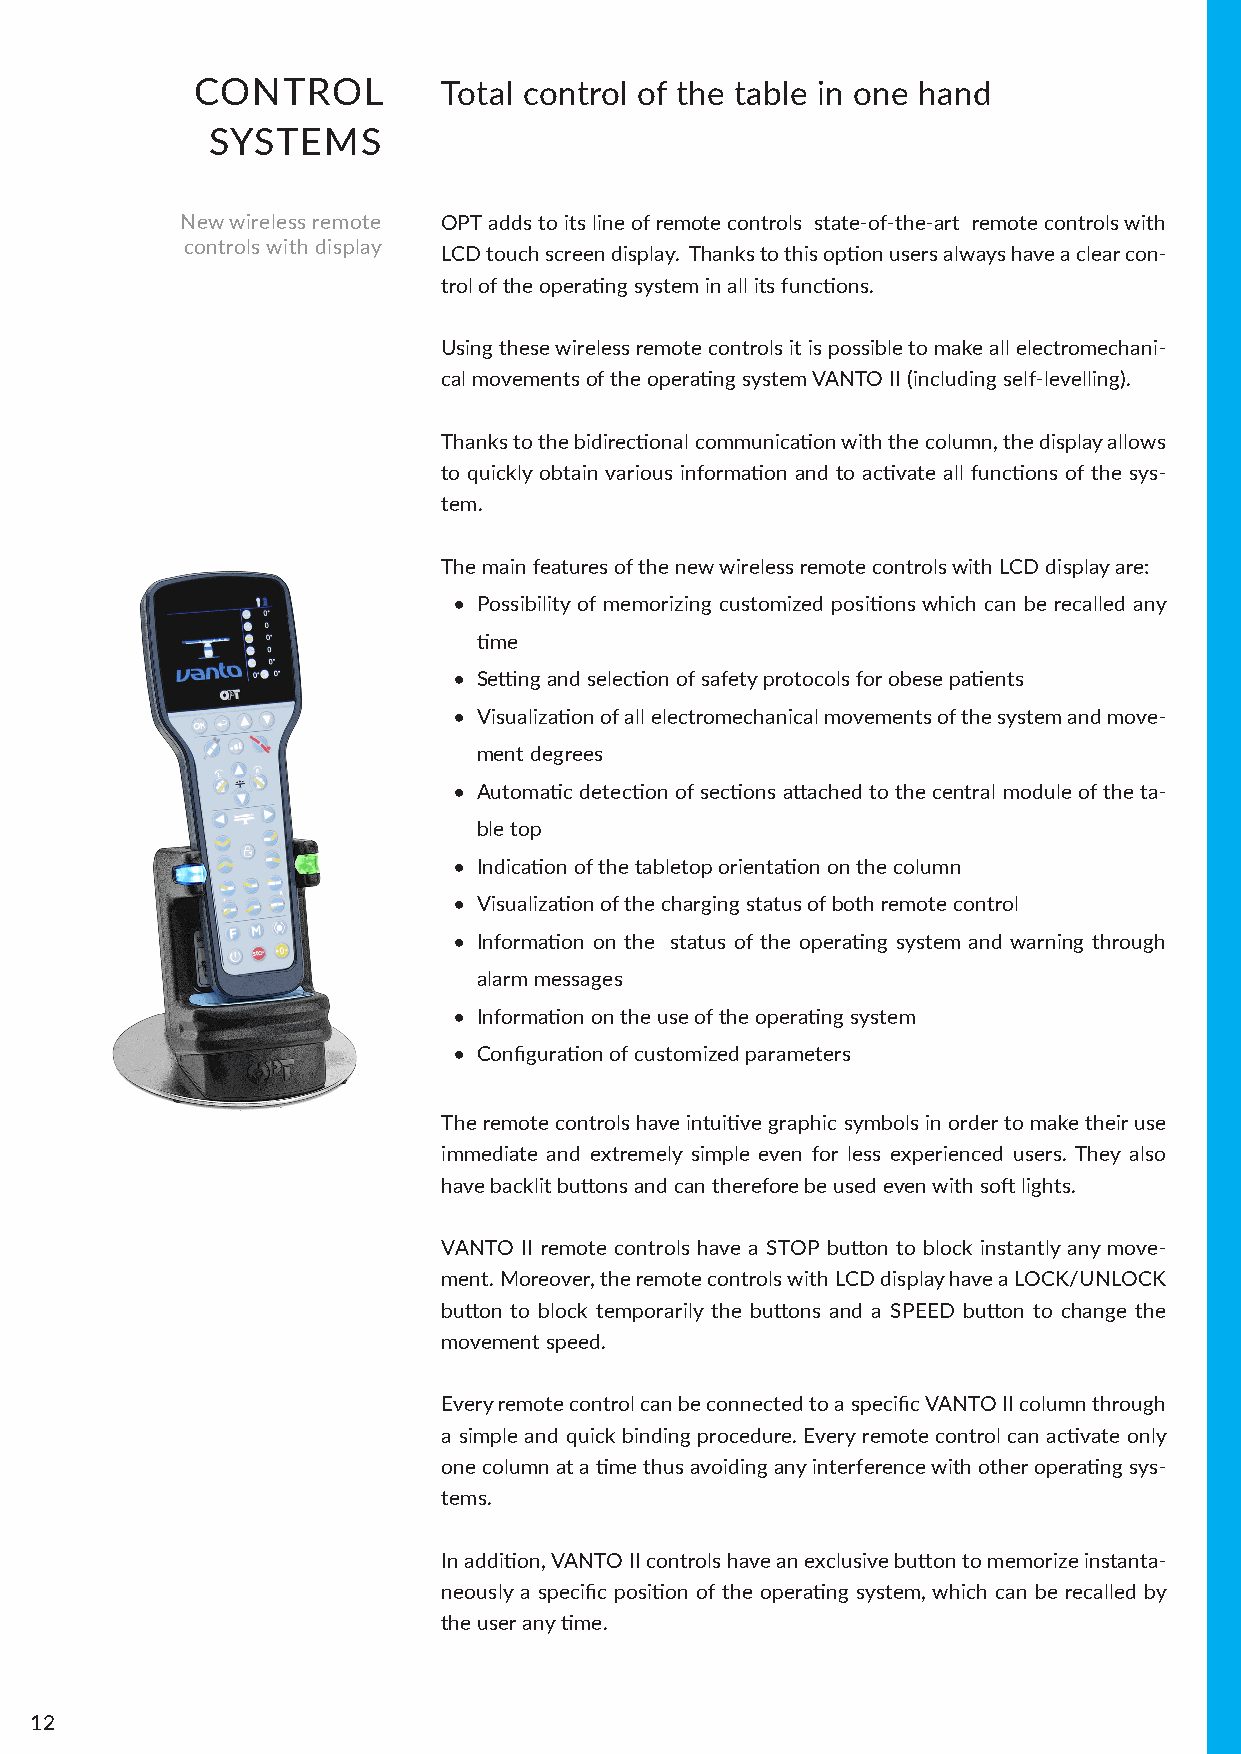
CONTROL         Total control of the table in one hand
 SYSTEMS
 New wireless remote OPT adds to its line of remote controls state-of-the-art remote controls with
 controls with display
 LCD touch screen display. Thanks to this option users always have a clear con-
 trol of the operating system in all its functions.
 Using these wireless remote controls it is possible to make all electromechani-
 cal movements of the operating system VANTO II (including self-levelling).
 Thanks to the bidirectional communication with the column, the display allows
 to quickly obtain various information and to activate all functions of the sys-
 tem.
 The main features of the new wireless remote controls with LCD display are:
 • Possibility of memorizing customized positions which can be recalled any
 time
 • Setting and selection of safety protocols for obese patients
 • Visualization of all electromechanical movements of the system and move-
 ment degrees
 • Automatic detection of sections attached to the central module of the ta-
 ble top
 • Indication of the tabletop orientation on the column
 • Visualization of the charging status of both remote control
 • Information on the status of the operating system and warning through
 alarm messages
 • Information on the use of the operating system
 • Configuration of customized parameters
 The remote controls have intuitive graphic symbols in order to make their use
 immediate and extremely simple even for less experienced users. They also
 have backlit buttons and can therefore be used even with soft lights.
 VANTO II remote controls have a STOP button to block instantly any move-
 ment. Moreover, the remote controls with LCD display have a LOCK/UNLOCK
 button to block temporarily the buttons and a SPEED button to change the
 movement speed.
 Every remote control can be connected to a specific VANTO II column through
 a simple and quick binding procedure. Every remote control can activate only
 one column at a time thus avoiding any interference with other operating sys-
 tems.
 In addition, VANTO II controls have an exclusive button to memorize instanta-
 neously a specific position of the operating system, which can be recalled by
 the user any time.
 12